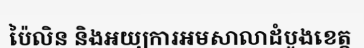
ប៉ៃលិន និងអយ្យការអមសាលាដំបូងខេត្ត